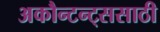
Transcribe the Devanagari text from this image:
अकौन्टन्ट्‌ससाठी